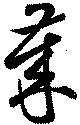
歳